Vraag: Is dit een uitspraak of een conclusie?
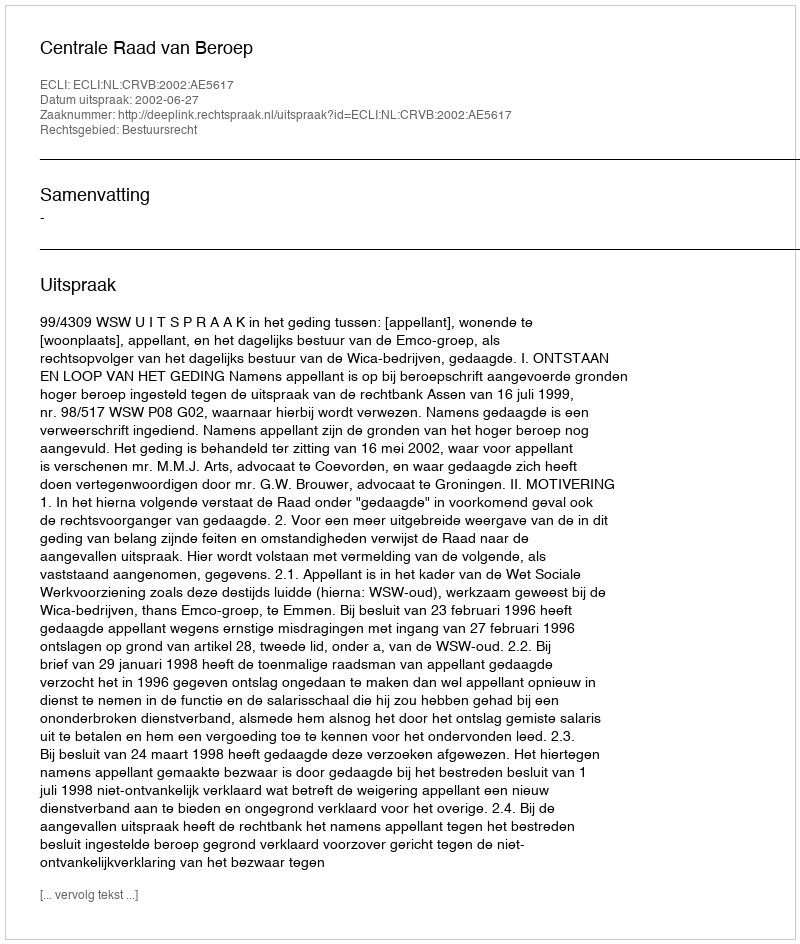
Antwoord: Uitspraak